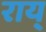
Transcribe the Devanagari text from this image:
राय्